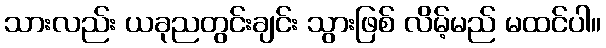
သားလည်း ယခုညတွင်းချင်း သွားဖြစ် လိမ့်မည် မထင်ပါ။